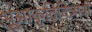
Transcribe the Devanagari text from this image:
भूआकृतिविज्ञानी